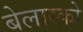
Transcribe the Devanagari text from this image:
बेलास्को